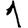
Digit: 1